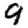
Digit: 9